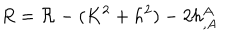
LaTeX: R = { \cal R } - ( K ^ { 2 } + h ^ { 2 } ) - 2 h _ { , A } ^ { A }